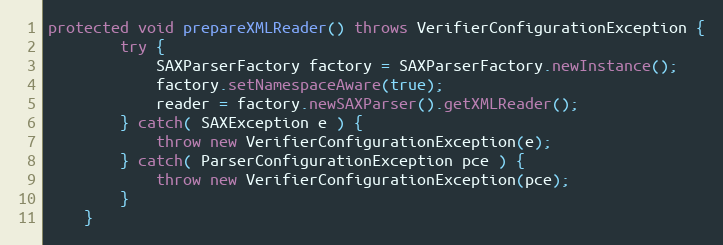
Language: Java
protected void prepareXMLReader() throws VerifierConfigurationException {
		try {
			SAXParserFactory factory = SAXParserFactory.newInstance();
			factory.setNamespaceAware(true);
			reader = factory.newSAXParser().getXMLReader();
		} catch( SAXException e ) {
			throw new VerifierConfigurationException(e);
		} catch( ParserConfigurationException pce ) {
			throw new VerifierConfigurationException(pce);
		}
	}